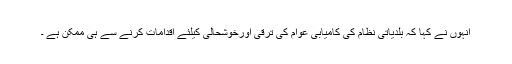
انہوں نے کہا کہ بلدیاتی نظام کی کامیابی عوام کی ترقی اورخوشحالی کیلئے اقدامات کرنے سے ہی ممکن ہے ۔